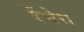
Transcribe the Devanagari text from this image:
रेंचेरा